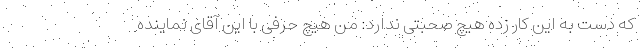
که دست به این کار زده هیچ صحبتی ندارد: من هیچ حرفی با این آقای نماینده